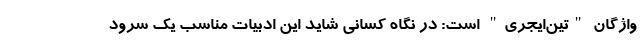
واژگان "تین‌ایجری" است: در نگاه کسانی شاید این ادبیات مناسب یک سرود